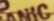
NIC